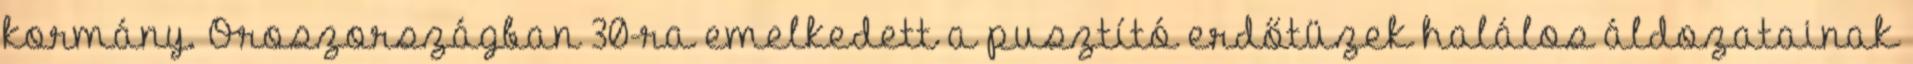
kormány. Oroszországban 30-ra emelkedett a pusztító erdőtüzek halálos áldozatainak